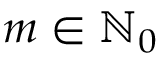
m \in \ensuremath { \mathbb { N } } _ { 0 }